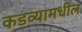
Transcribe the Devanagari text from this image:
कडव्यामधील